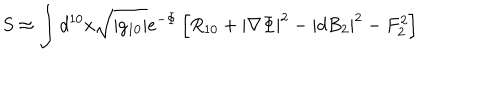
S \approx \int d ^ { 1 0 } x \sqrt { | g _ { 1 0 } | } e ^ { - \Phi } \left[ R _ { 1 0 } + | \nabla \Phi | ^ { 2 } - | d B _ { 2 } | ^ { 2 } - F _ { 2 } ^ { 2 } \right]